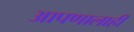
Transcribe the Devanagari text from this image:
आपणालाही